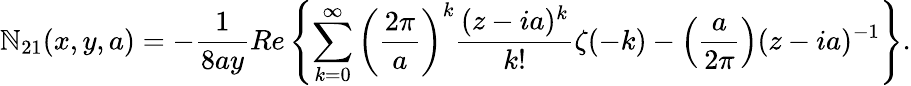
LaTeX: \mathbb{N}_{21}(x,y,a)=-\frac{{1}}{{8ay}}Re\left\{ \sum_{k=0}^{\infty}\left(\frac{{2\pi}}{{a}}\right)^{k}\frac{{(z-ia)^{k}}}{{k!}}\zeta(-k)-\left(\frac{{a}}{{2\pi}}\right)(z-ia)^{-1}\right\} .